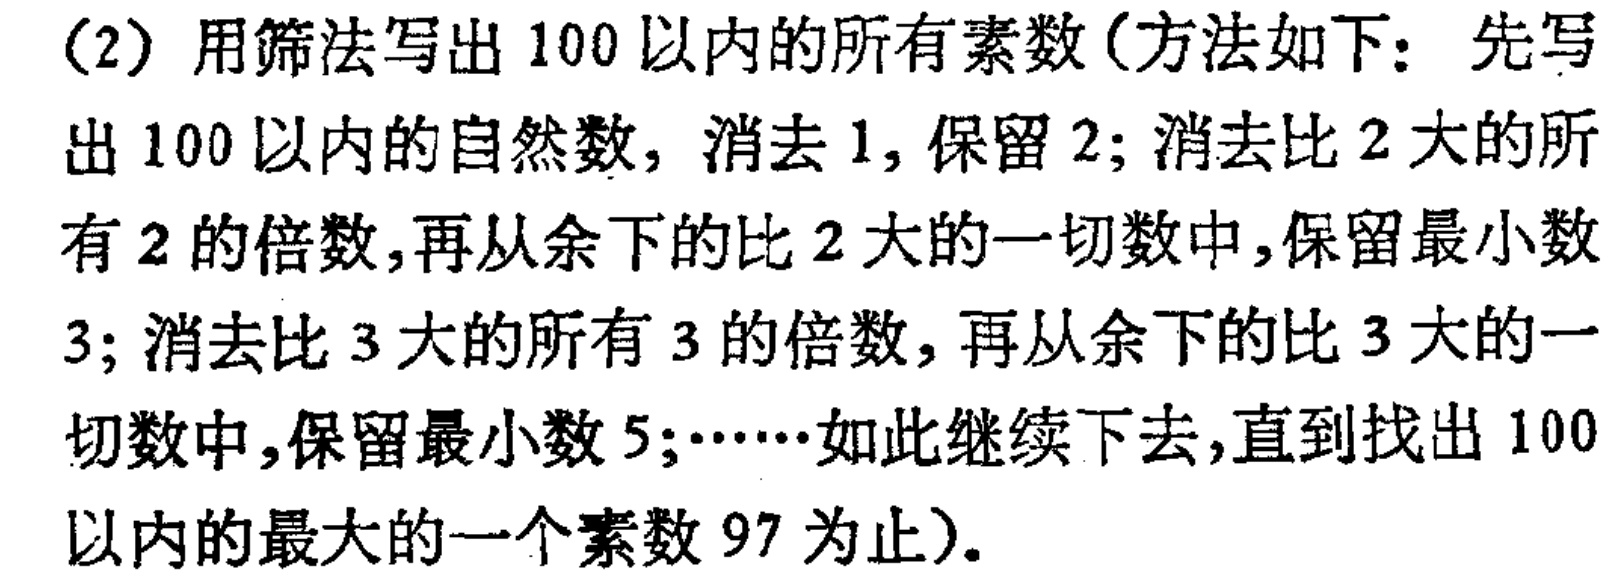
(2) 用筛法写出 100 以内的所有素数 (方法如下：先写出 100 以内的自然数，消去 1，保留 2；消去比 2 大的所有 2 的倍数，再从余下的比 2 大的一切数中，保留最小数 3；消去比 3 大的所有 3 的倍数，再从余下的比 3 大的一切数中，保留最小数 5；……如此继续下去，直到找出 100 以内的最大的一个素数 97 为止)。